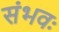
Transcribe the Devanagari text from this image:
संभवः